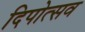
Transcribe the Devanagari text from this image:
दिपोत्सव